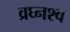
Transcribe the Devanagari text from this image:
व्रघ्नश्व